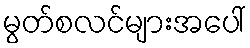
မွတ်စလင်များအပေါ်